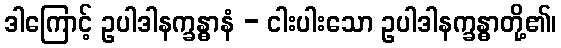
ဒါကြောင့် ဥပါဒါနက္ခန္ဓာနံ - ငါးပါးသော ဥပါဒါနက္ခန္ဓာတို့၏၊